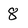
Character: 8